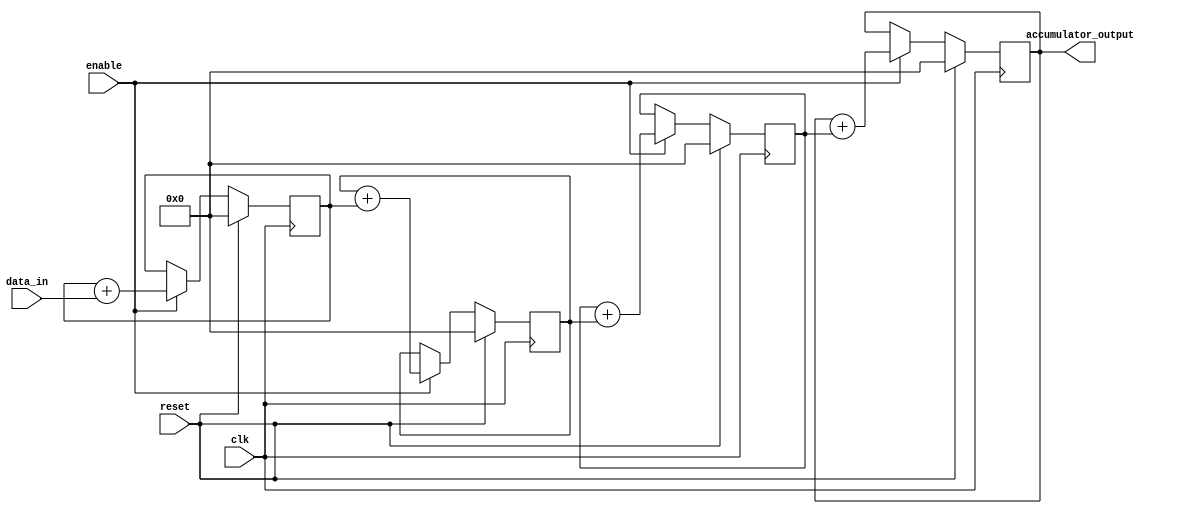
module cascaded_accumulator (
    input wire clk,
    input wire reset,
    input wire enable,
    input wire [7:0] data_in,
    output reg [15:0] accumulator_output
);

reg [15:0] accumulator [3:0];

always @(posedge clk) begin
    if (reset) begin
        accumulator[0] <= 16'd0;
        accumulator[1] <= 16'd0;
        accumulator[2] <= 16'd0;
        accumulator[3] <= 16'd0;
    end else if (enable) begin
        accumulator[0] <= accumulator[0] + data_in;
        accumulator[1] <= accumulator[1] + accumulator[0];
        accumulator[2] <= accumulator[2] + accumulator[1];
        accumulator[3] <= accumulator[3] + accumulator[2];
    end
end

assign accumulator_output = accumulator[3];

endmodule